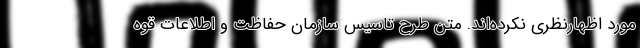
مورد اظهارنظری نکرده‌اند. متن طرح تاسیس سازمان حفاظت و اطلاعات قوه